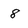
Character: 8